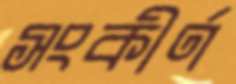
সংকীর্ণ